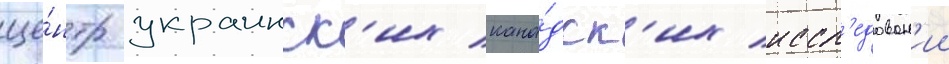
це́нтр украинск'их кана́дск'их иссл'едован'ии